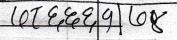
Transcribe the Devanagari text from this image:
लोट ६,६,६ | ५ | लो ४